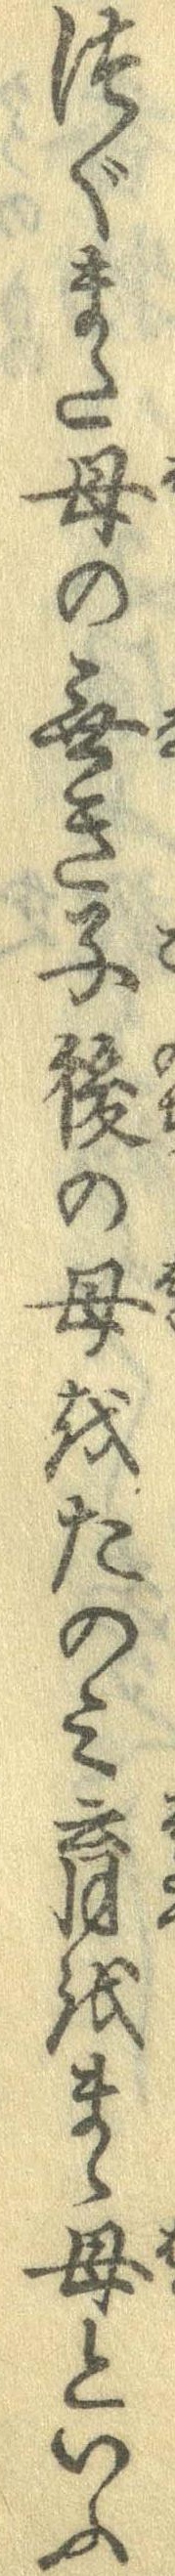
つぐまた母の無き子後の母をたのみ育をまゝ母といふ